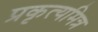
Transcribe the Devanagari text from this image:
प्रकृत्यमित्र